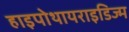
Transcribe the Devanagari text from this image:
हाइपोथायराइडिज्म